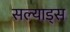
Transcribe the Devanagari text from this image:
सल्याड्स